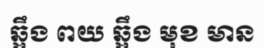
ឆ្អឹង ពយ ឆ្អឹង មុខ មាន